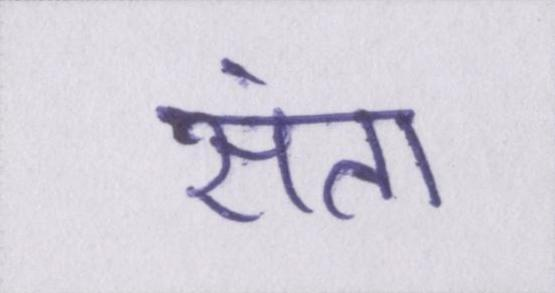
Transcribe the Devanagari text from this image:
संता